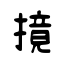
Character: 摬